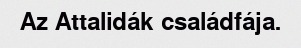
Az Attalidák családfája.